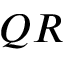
Q R